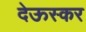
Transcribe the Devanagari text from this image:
देऊस्कर